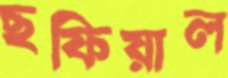
ছফিয়াল